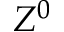
Z ^ { 0 }